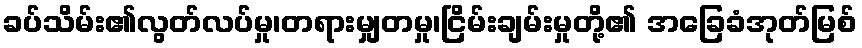
ခပ်သိမ်း၏လွတ်လပ်မှု၊တရားမျှတမှု၊ငြိမ်းချမ်းမှုတို့၏ အခြေခံအုတ်မြစ်